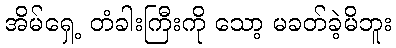
အိမ်ရှေ့ တံခါးကြီးကို သော့ မခတ်ခဲ့မိဘူး